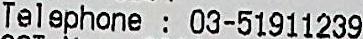
TELEPHONE: 03-51911239